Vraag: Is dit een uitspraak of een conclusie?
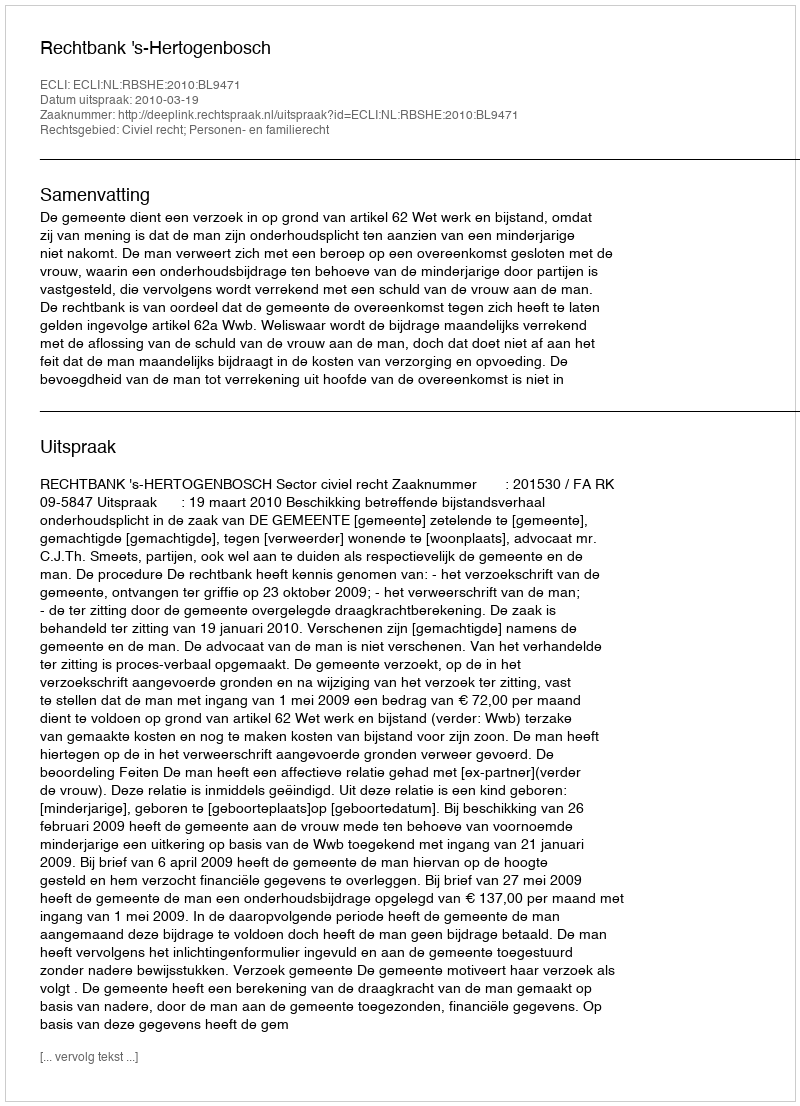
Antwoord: Uitspraak